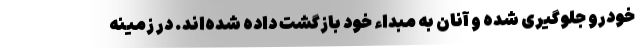
خودرو جلوگیری شده و آنان به مبداء خود بازگشت داده شده‌اند. در زمینه